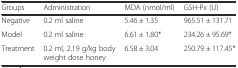
| Groups | Administration | MDA (nmol/ml) | GSH-Px (U) |
 | --- | --- | --- | --- |
 | Negative | 0.2 ml saline | 5.46 ± 1.35 | 965.51 ± 131.71 |
 | Model | 0.2 ml saline | 6.61 ± 1.80* | 234.26 ± 95.69* |
 | Treatment | 0.2 ml, 2.19 g/kg body weight dose honey | 6.58 ± 3.04 | 250.79 ± 117.45* |